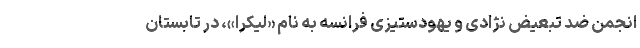
انجمن ضد تبعیض نژادی و یهودستیزی فرانسه به نام «لیکرا»، در تابستان